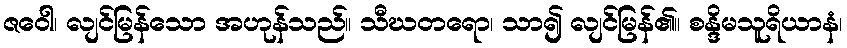
ဇဝေါ၊ လျင်မြန်သော အဟုန်သည်။ သီဃတရော၊ သာ၍ လျင်မြန်၏။ စန္ဒိမသူရိယာနံ၊